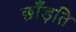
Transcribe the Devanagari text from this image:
छाँड़ति